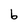
Character: b